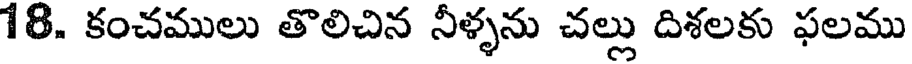
18. కంచములు తొలిచిన నీళ్ళను చల్లు దిశలకు ఫలము